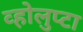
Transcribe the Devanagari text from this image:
व्होलुप्टा